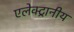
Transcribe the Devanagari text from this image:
एलेक्ट्रानीय